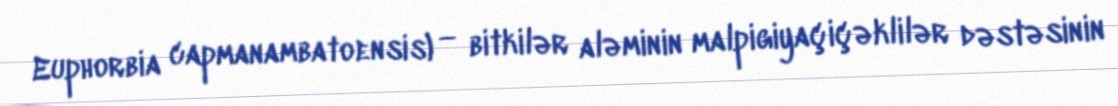
Euphorbia capmanambatoensis) — bitkilər aləminin malpigiyaçiçəklilər dəstəsinin